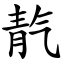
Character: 靔